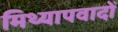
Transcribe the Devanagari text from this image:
मिथ्‍यापवादों